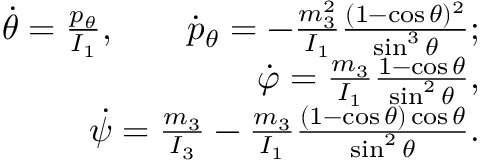
\begin{array} { r } { \dot { \theta } = \frac { p _ { \theta } } { I _ { 1 } } , \qquad \dot { p } _ { \theta } = - \frac { m _ { 3 } ^ { 2 } } { I _ { 1 } } \frac { ( 1 - \cos \theta ) ^ { 2 } } { \sin ^ { 3 } \theta } ; } \\ { \dot { \varphi } = \frac { m _ { 3 } } { I _ { 1 } } \frac { 1 - \cos \theta } { \sin ^ { 2 } \theta } , } \\ { \dot { \psi } = \frac { m _ { 3 } } { I _ { 3 } } - \frac { m _ { 3 } } { I _ { 1 } } \frac { ( 1 - \cos \theta ) \cos \theta } { \sin ^ { 2 } \theta } . } \end{array}